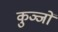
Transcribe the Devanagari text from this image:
कुञ्जों